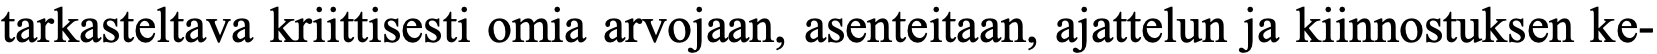
tarkasteltava kriittisesti omia arvojaan, asenteitaan, ajattelun ja kiinnostuksen ke-